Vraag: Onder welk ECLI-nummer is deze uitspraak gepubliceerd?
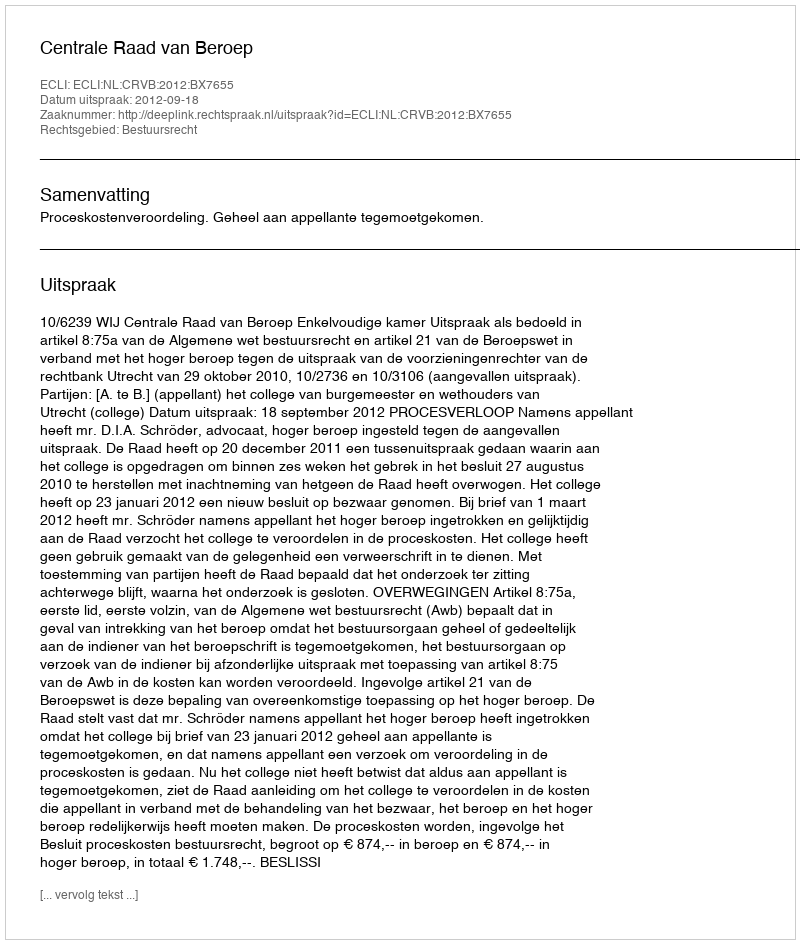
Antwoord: ECLI:NL:CRVB:2012:BX7655